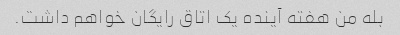
بله من هفته آینده یک اتاق رایگان خواهم داشت.